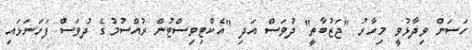
ހަސަން ވިދާޅުވީ މިހާރު "ޖަޒުބާތީ" ދުވަސް އަދި "އެކްޓިވިސްޓުން ރުއްސުމުގެ ދުވަސް ފަހަނަޅައި